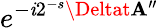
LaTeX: e^{{-\mathit{i}2^{-s}}\Deltat\mathbf{A}^{\prime\prime}}